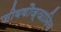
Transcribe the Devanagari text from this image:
जीववौज्ञानिक